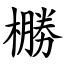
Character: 橳